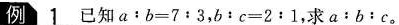
例 \underline{1} 已知$$a : b= 7 : 3$$，$$b : c = 2 : 1$$，求$$a : b : c$$。